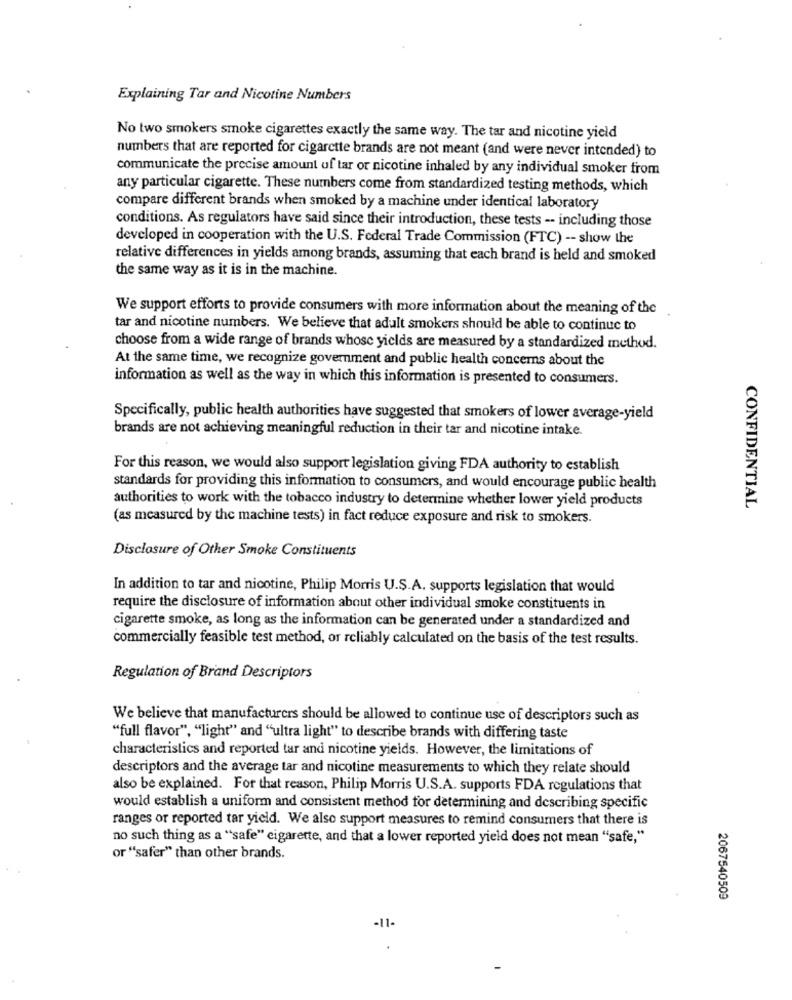
Explaining Tar and Nicotine Numbers
No two smokers smoke cigarettes exactly the same way. The tar and nicotine yield
numbers that are reported for cigarette brands are not meant (and were never intended) to
communicate the precise amount uf tar or nicotine inhaled by any individual smoker from
any particular cigarette. These numbers come from standardized testing methods, which
compare different brands when smoked by a machine under identical laboratory
conditions. As regulators have said since their introduction, these tests -- including those
developed in cooperation with the U.S. Federal Trade Commission (FTC) -- show the
relative differences in yields among brands, assuming that each brand is held and smoked
the same way as it is in the machine.
We support efforts to provide consumers with more information about the meaning of the
tar and nicotine numbers. We believe that adult smokers should be able to continue to
choose from a wide range of brands whose yields are measured by a standardized method.
At the same time, we recognize government and public health concerns about the
information as well as the way in which this information is presented to consumers.
Specifically, public health authorities have suggested that smokers of lower average-yield
brands are not achieving meaningful reduction in their tar and nicotine intake.
For this reason, we would also support legislation giving FDA authority to establish
standards for providing this information to consumers, and would encourage public health
authorities to work with the tobacco industry to determine whether lower yield products
CONFIDENTIAL
(as measured by the machine tests) in fact reduce exposure and risk to smokers.
Disclosure of Other Smoke Constituents
In addition to tar and nicotine, Philip Morris U.S.A. supports legislation that would
require the disclosure of information about other individual smoke constituents in
cigarette smoke, as long as the information can be generated under a standardized and
commercially feasible test method, or reliably calculated on the basis of the test results.
Regulation of Brand Descriptors
We believe that manufacturers should be allowed to continue use of descriptors such as
"full flavor", "light" and "ultra light" to describe brands with differing taste
characteristics and reported tar and nicotine yields. However, the limitations of
descriptors and the average tar and nicotine measurements to which they relate should
also be explained. For that reason, Philip Morris U.S.A. supports FDA regulations that
would establish a uniform and consistent method for determining and describing specific
ranges or reported tar yield. We also support measures to remind consumers that there is
no such thing as a "safe" cigarette, and that a lower reported yield does not mean "safe,"
or "safer" than other brands.
2067540509